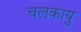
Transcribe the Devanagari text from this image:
चलकायु